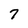
Character: 7